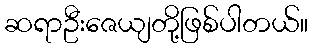
ဆရာဦးဇေယျတို့ဖြစ်ပါတယ်။